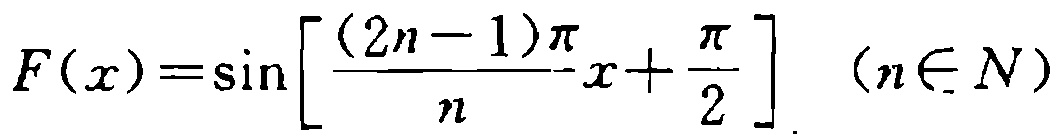
\(F(x)=\sin\left[\frac{(2n - 1)\pi}{n}x+\frac{\pi}{2}\right]\ (n\in N)\)